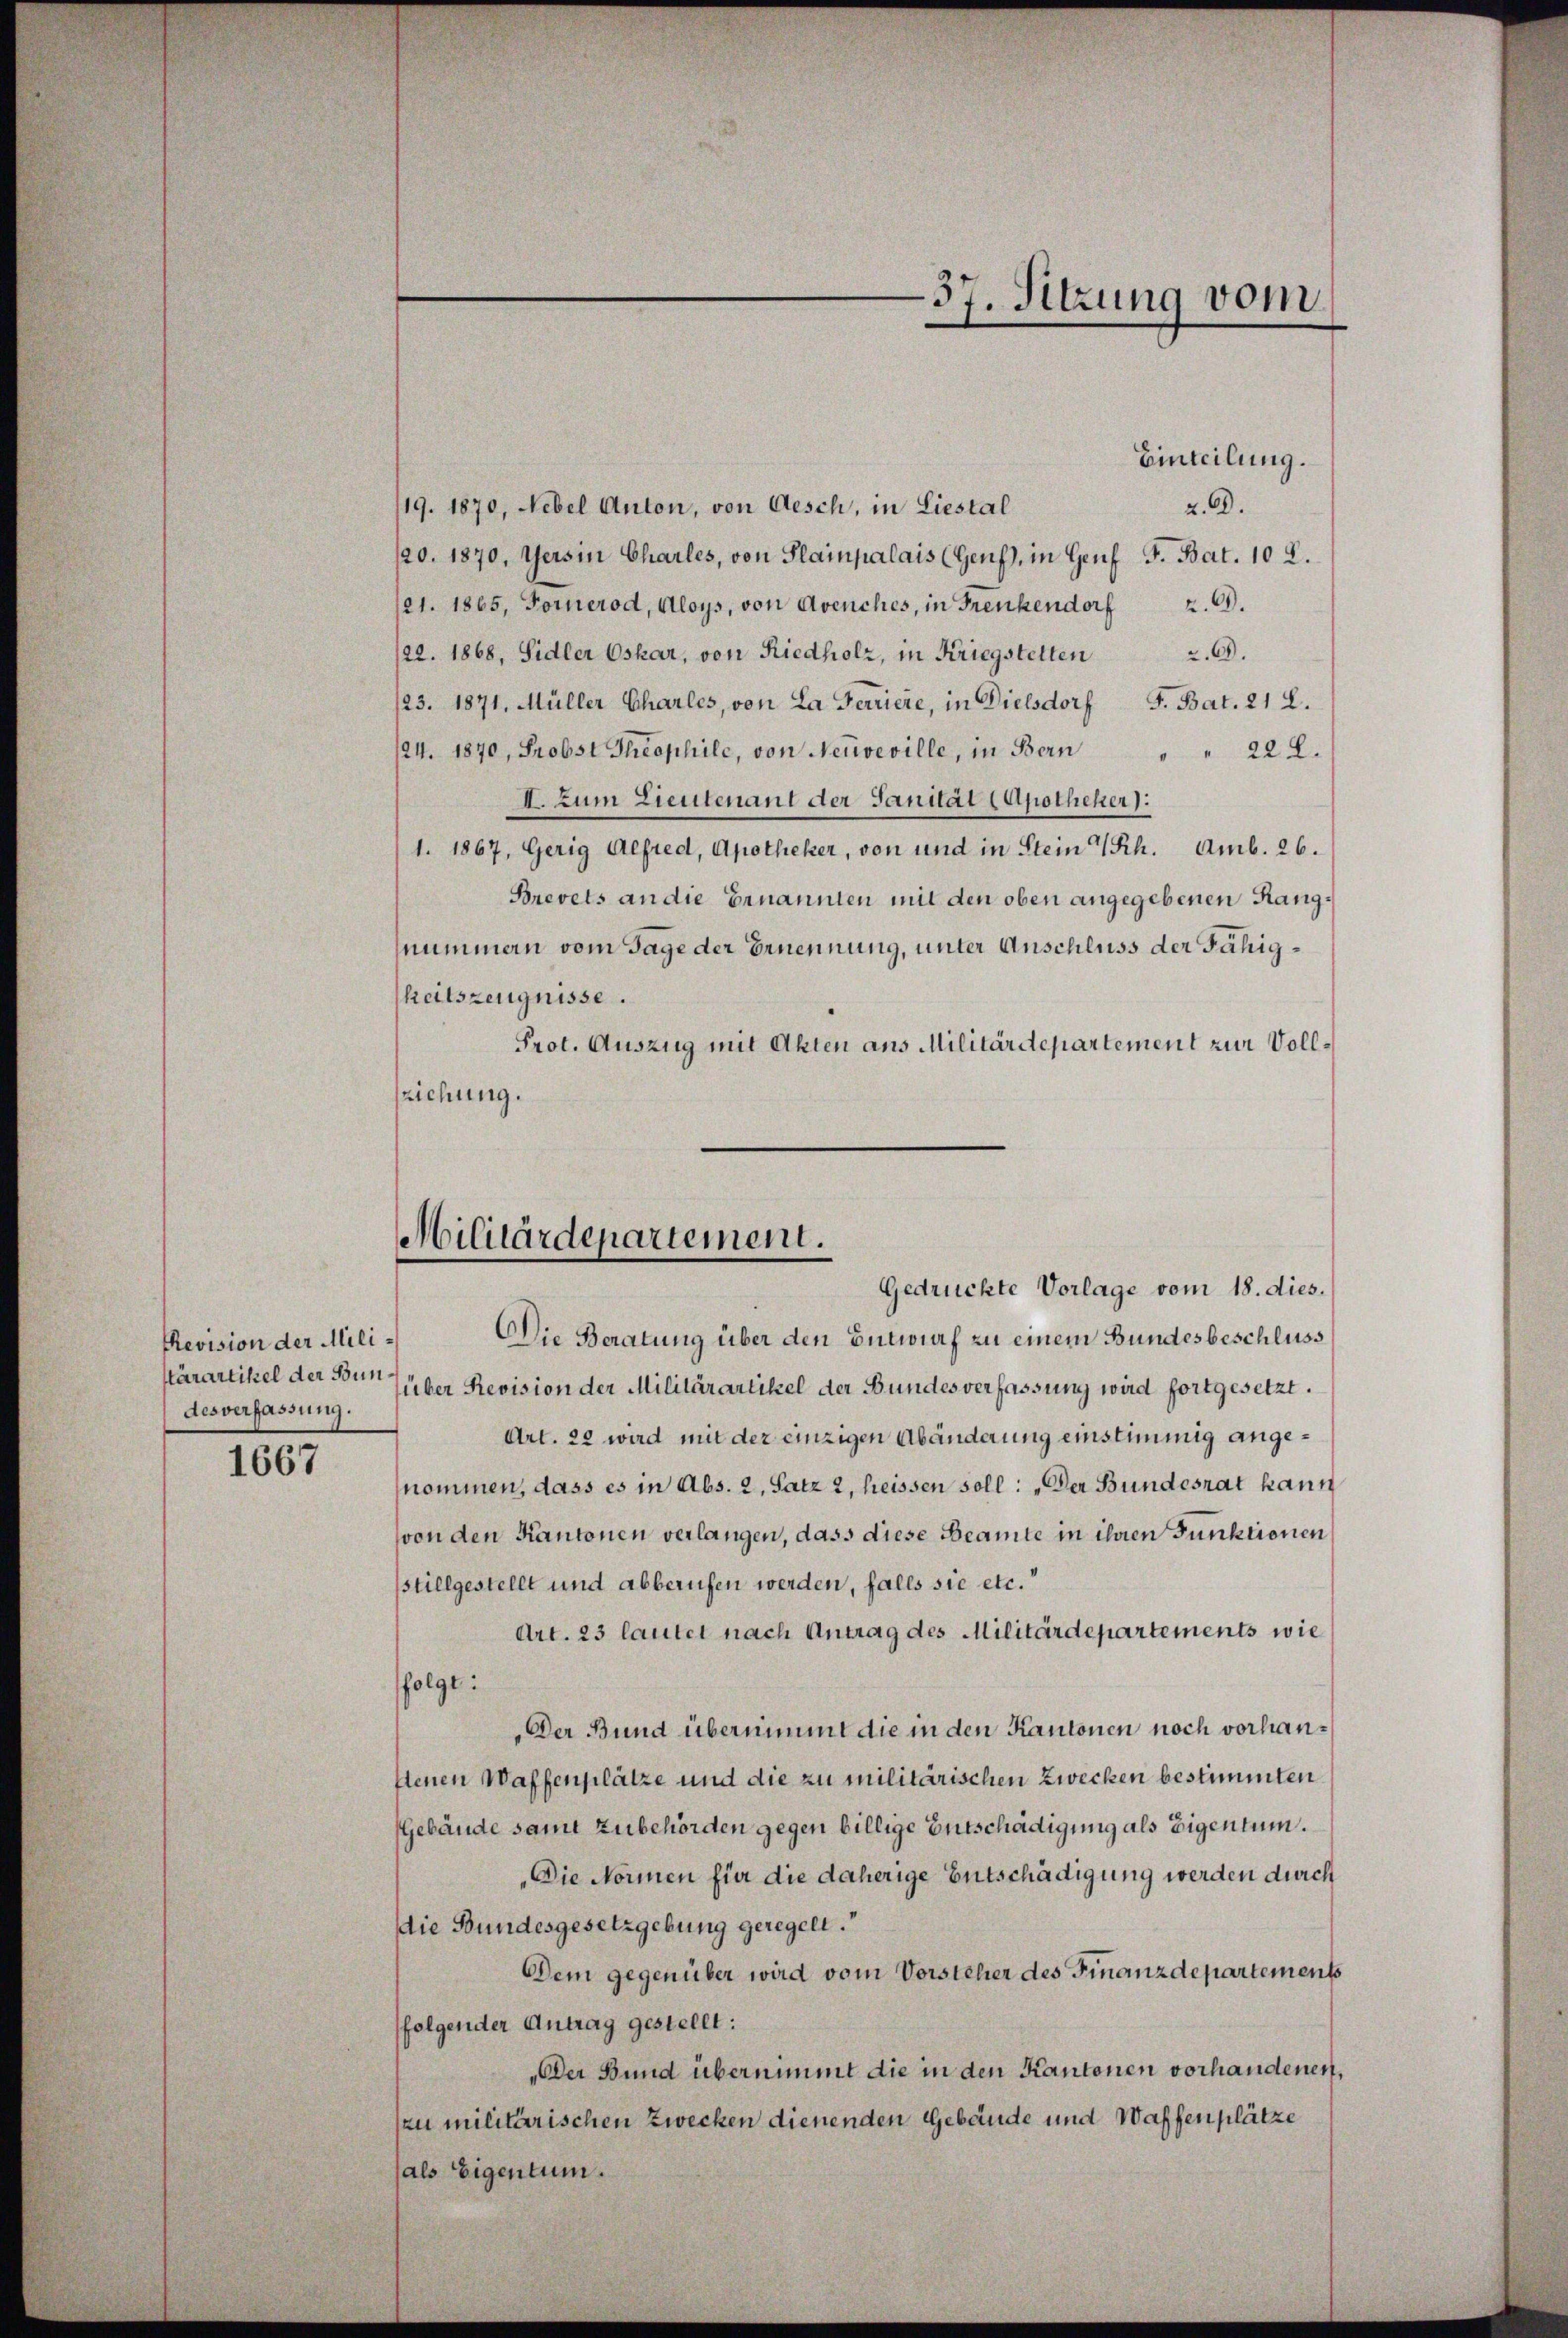
Revision der Milidesverfassung.

1667

Einteilung.
z. d.
19. 1870, Nebel Anton, von Aesch, in Liestal
120. 1870, Gers in Charles, von Stainpalais (Genf), in Genf F. Bat. 102.
/21. 1865. Fornerod, Aloys, von Avenches, in Frenkendorf.
22. 1868, Sidler Oskar, von Riedholz, in Kriegstelten.69.
23. 1871, Müller Charles, von La Feriere, in Dielsdorf S. Bat. 212.
124. 1870, Probst Theophile, von Neuveville, in Bern
" 222.
I. Zum Lieutenant der Sanität (Apotheker).
1. 1867, Gerig Alfred, Apotheker, von und in Stein Sch. Amb. 26.
Brevets an die Ernannten mit den oben angegebenen Rangnummern vom Tage der Ernennung, unter Anschluss der Fähigheitszeugnisse.
Prot. Auszug mit Akten aus Militärdepartement zur Vollsziehung.

Militärdepartement.

37. Sitzung vom

Gedrückte Vorlage vom 18. dies.
Die Beratung über den Entwurf zu einem Bundesbeschluss
Ktärartikel der Bern über Revision der Militärartikel der Bundesverfassung wird fortgesetzt.
Art. 22 wird mit der einzigen Abänderung einstimmig angenommen, dass es in Abs. 2, Satz 2, heissen soll: „Der Bundesrat kann
von den Kantonen verlangen, dass diese Beamte in ihren Punktionen
stillgestellt und abberufen werden, falls sie etc.“
Art. 23 lautet nach Antrag des Militärdepartements wie
folgt:
Der Bund übernimmt die in den Kantonen noch vorhanftenen Waffenplätze und die zu militärischen Zwecken bestimmten
Gebäude samt zubehörden gegen billige Entschädigung als Eigentum.
Die Normen für die daherige Entschädigung werden durch
die Bundesgesetzgebung geregelt.
Dem gegenüber wird vom Vorsteher des Finanzdepartements
folgender Antrag gestellt:
Der Bund übernimmt die in den Kantonen vorhandenen,
zu militärischen Zwecken dienenden Gebäude und Waffenplätze
als Eigentum.